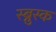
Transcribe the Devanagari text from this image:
स्ब्नुस्क